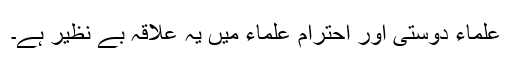
علماء دوستی اور احترام علماء میں یہ علاقہ بے نظیر ہے۔